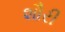
શૌરી